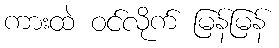
ကားထဲ ဝင်လိုက် မြန်မြန်